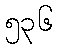
၅၃၆